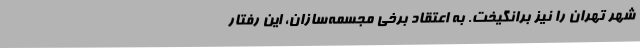
شهر تهران را نیز برانگیخت. به اعتقاد برخی مجسمه‌سازان، این رفتار